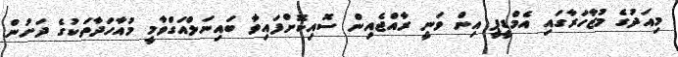
މިއަދުގެ މުޒާހަރާގައި އެމްޑީޕީ އިން ވަނީ ރާއްޖެއިން ސޮއިކޮށްފައިވާ ބައިނަލްއަގްވާމީ މުއާހަދާތަކުގެ ދަށުން